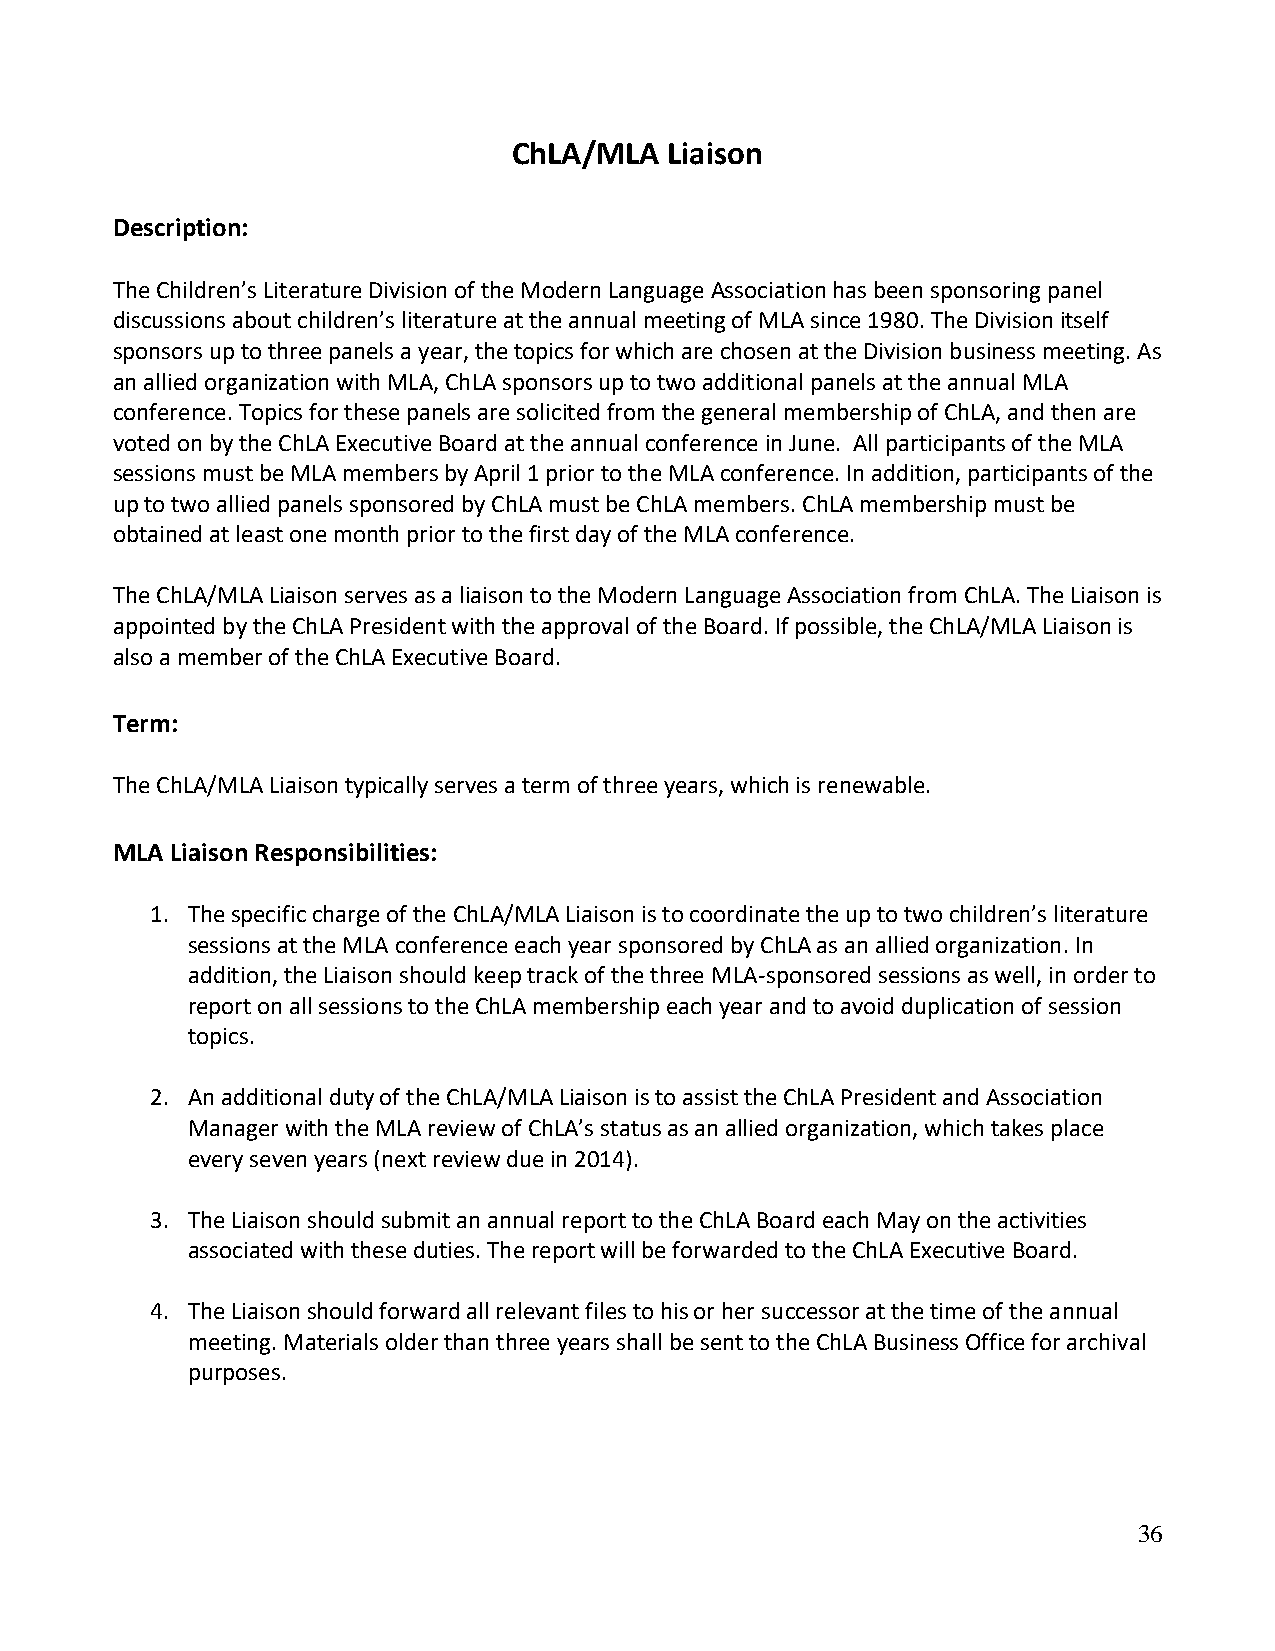
ChLA/MLA  Liaison
 Description:
 The Children’s Literature Division of the Modern Language Association has been sponsoring panel
 discussions about children’s literature at the annual meeting of MLA since 1980. The Division itself
 sponsors up to three panels a year, the topics for which are chosen at the Division business meeting. As
 an allied organization with MLA, ChLA sponsors up to two additional panels at the annual MLA
 conference. Topics for these panels are solicited from the general membership of ChLA, and then are
 voted on by the ChLA Executive Board at the annual conference in June. All participants of the MLA
 sessions must be MLA members by April 1 prior to the MLA conference. In addition, participants of the
 up to two allied panels sponsored by ChLA must be ChLA members. ChLA membership must be
 obtained at least one month prior to the first day of the MLA conference.
 The ChLA/MLA Liaison serves as a liaison to the Modern Language Association from ChLA. The Liaison is
 appointed by the ChLA President with the approval of the Board. If possible, the ChLA/MLA Liaison is
 also a member of the ChLA Executive Board.
 Term:
 The ChLA/MLA Liaison typically serves a term of three years, which is renewable.
 MLA Liaison Responsibilities:
 1. The specific charge of the ChLA/MLA Liaison is to coordinate the up to two children’s literature
 sessions at the MLA conference each year sponsored by ChLA as an allied organization. In
 addition, the Liaison should keep track of the three MLA-sponsored sessions as well, in order to
 report on all sessions to the ChLA membership each year and to avoid duplication of session
 topics.
 2. An additional duty of the ChLA/MLA Liaison is to assist the ChLA President and Association
 Manager with the MLA review of ChLA’s status as an allied organization, which takes place
 every seven years (next review due in 2014).
 3. The Liaison should submit an annual report to the ChLA Board each May on the activities
 associated with these duties. The report will be forwarded to the ChLA Executive Board.
 4. The Liaison should forward all relevant files to his or her successor at the time of the annual
 meeting. Materials older than three years shall be sent to the ChLA Business Office for archival
 purposes.
 36